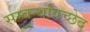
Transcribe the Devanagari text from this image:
सम्बन्धविच्छेद